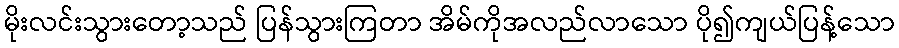
မိုးလင်းသွားတော့သည် ပြန်သွားကြတာ အိမ်ကိုအလည်လာသော ပို၍ကျယ်ပြန့်သော